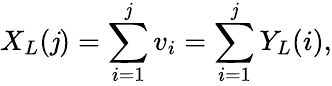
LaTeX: X_{L}(\mathit{j})=\sum_{i=1}^{\mathit{j}}v_{i}=\sum_{i=1}^{\mathit{j}}Y_{L}(i),